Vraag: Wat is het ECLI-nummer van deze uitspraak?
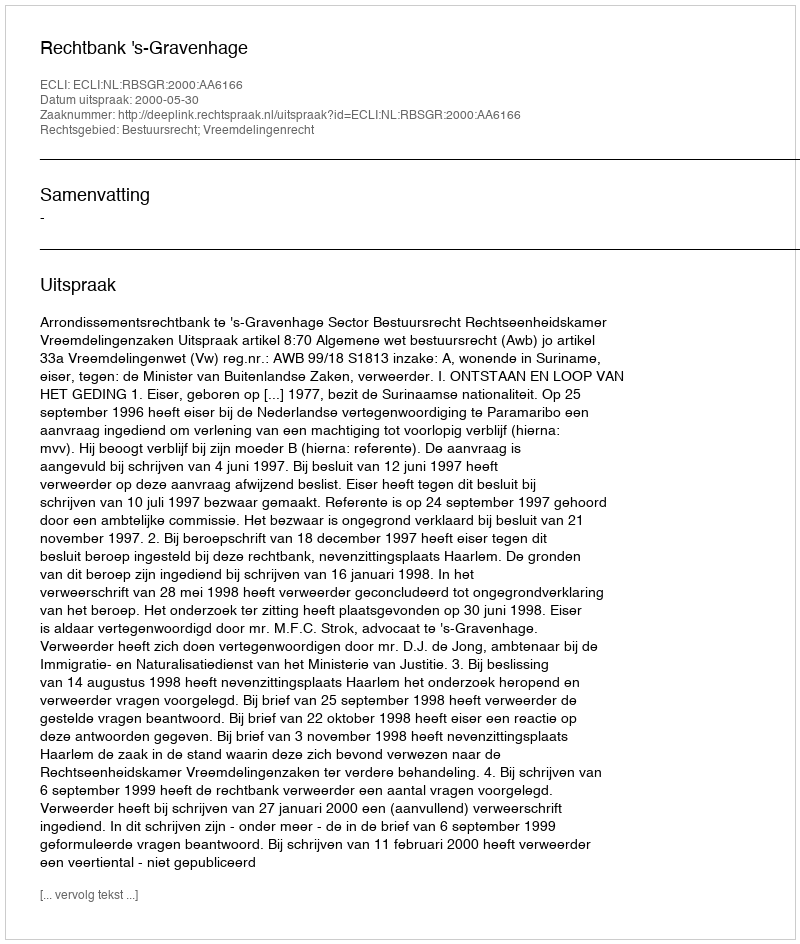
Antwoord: ECLI:NL:RBSGR:2000:AA6166